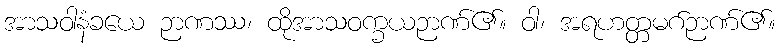
အာသဝါနံခယေ ဉာဏဿ၊ ထိုအာသဝက္ခယဉာဏ်၏။ ဝါ၊ အရဟတ္တမဂ်ဉာဏ်၏။